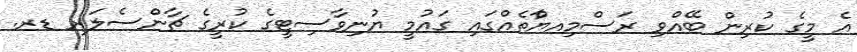
އެ މީގެ ކުރިން ބޭއްވި ރަސްމިއޔްާތެއްގައި ގައުމީ ޔުނިވާސިޓީގެ ކުރީގެ ޗާންސެލަރ ޑރ.